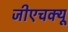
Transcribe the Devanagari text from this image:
जीएचक्यू